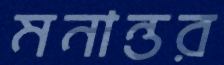
মনান্তর